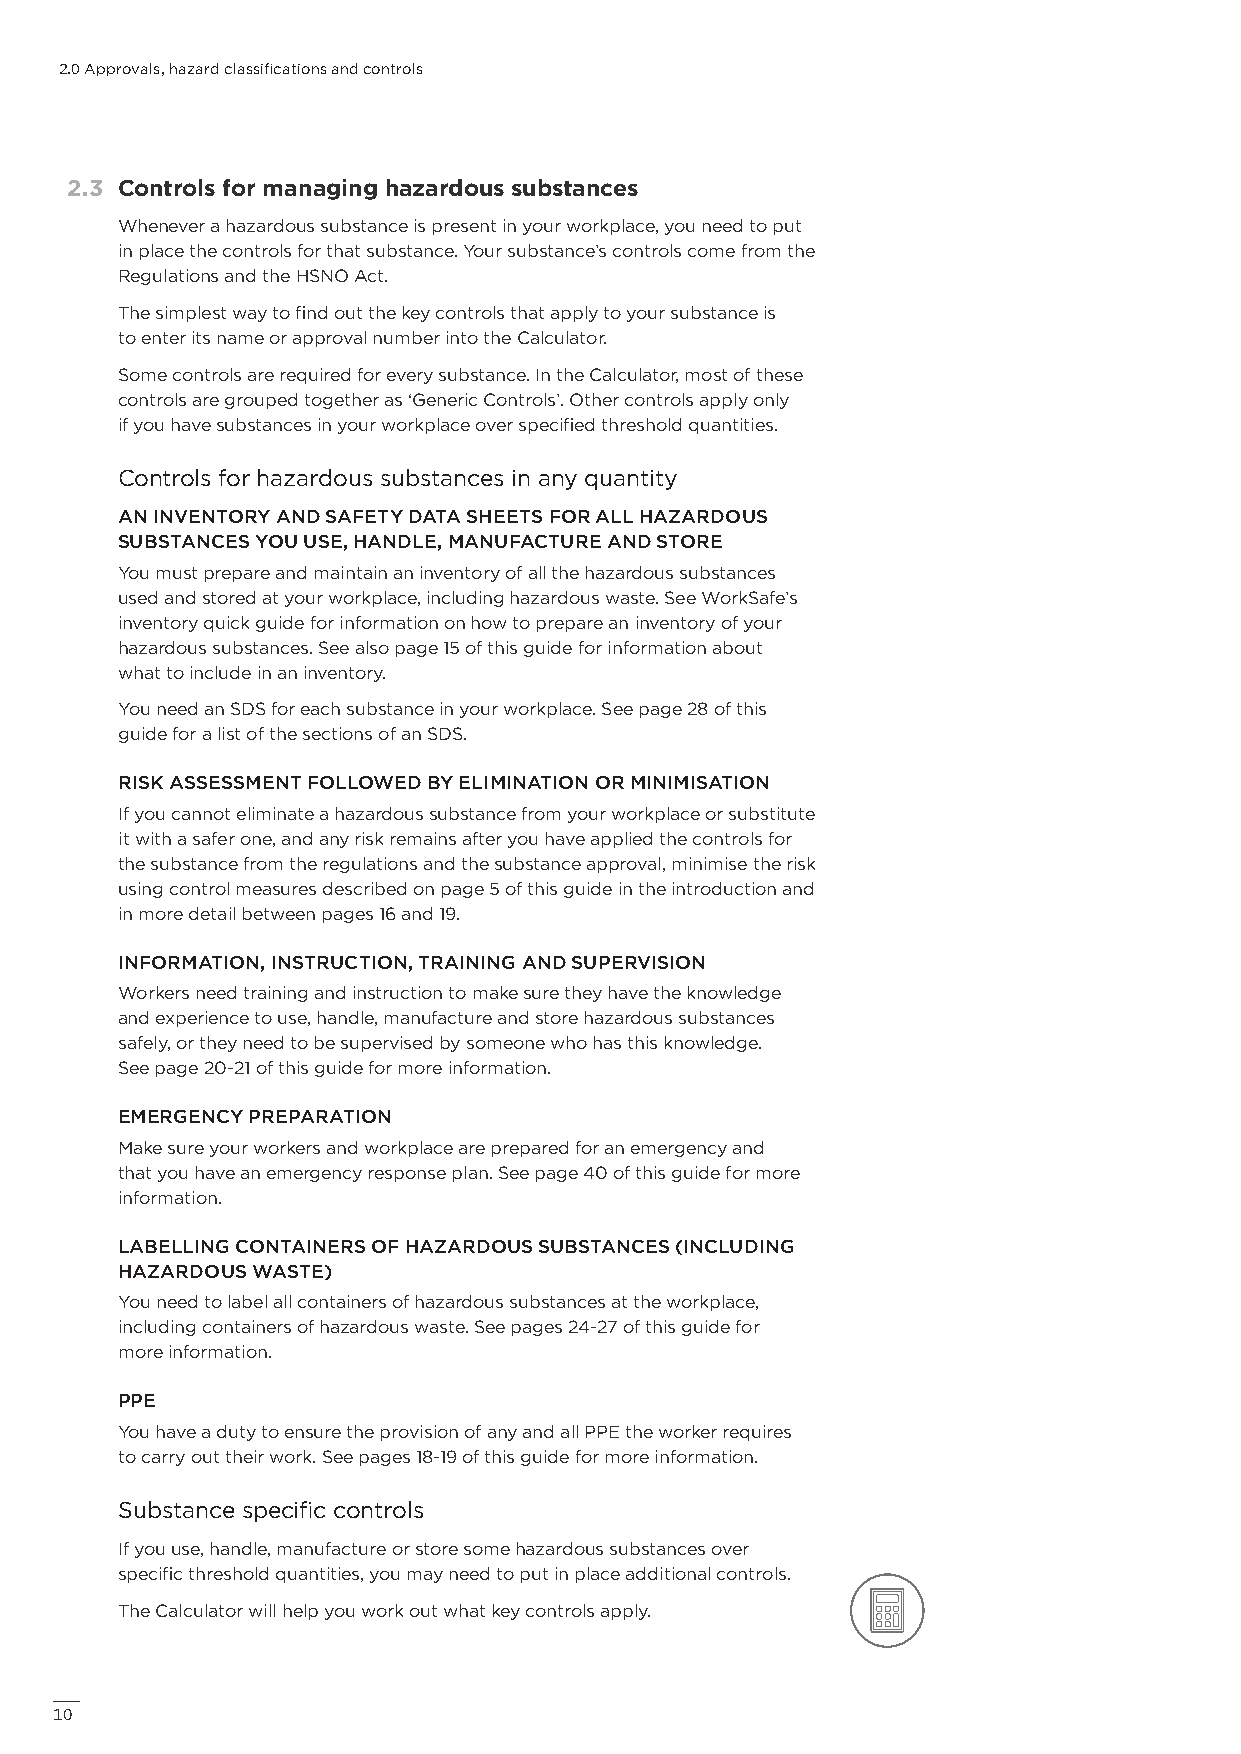
2.0 Approvals, hazard classifications and controls
 2.3 Controls for managing hazardous substances
 Whenever a hazardous substance is present in your workplace, you need to put
 in place the controls for that substance. Your substance’s controls come from the
 Regulations and the HSNO Act.
 The simplest way to find out the key controls that apply to your substance is
 to enter its name or approval number into the Calculator.
 Some controls are required for every substance. In the Calculator, most of these
 controls are grouped together as ‘Generic Controls’. Other controls apply only
 if you have substances in your workplace over specified threshold quantities.
 Controls for hazardous substances in any quantity
 AN INVENTORY AND SAFETY DATA SHEETS FOR ALL HAZARDOUS
 SUBSTANCES YOU USE, HANDLE, MANUFACTURE AND STORE
 You must prepare and maintain an inventory of all the hazardous substances
 used and stored at your workplace, including hazardous waste. See WorkSafe’s
 inventory quick guide for information on how to prepare an inventory of your
 hazardous substances. See also page 15 of this guide for information about
 what to include in an inventory.
 You need an SDS for each substance in your workplace. See page 28 of this
 guide for a list of the sections of an SDS.
 RISK ASSESSMENT FOLLOWED BY ELIMINATION OR MINIMISATION
 If you cannot eliminate a hazardous substance from your workplace or substitute
 it with a safer one, and any risk remains after you have applied the controls for
 the substance from the regulations and the substance approval, minimise the risk
 using control measures described on page 5 of this guide in the introduction and
 in more detail between pages 16 and 19.
 INFORMATION, INSTRUCTION, TRAINING AND SUPERVISION
 Workers need training and instruction to make sure they have the knowledge
 and experience to use, handle, manufacture and store hazardous substances
 safely, or they need to be supervised by someone who has this knowledge.
 See page 20-21 of this guide for more information.
 EMERGENCY PREPARATION
 Make sure your workers and workplace are prepared for an emergency and
 that you have an emergency response plan. See page 40 of this guide for more
 information.
 LABELLING CONTAINERS OF HAZARDOUS SUBSTANCES (INCLUDING
 HAZARDOUS WASTE)
 You need to label all containers of hazardous substances at the workplace,
 including containers of hazardous waste. See pages 24-27 of this guide for
 more information.
 PPE
 You have a duty to ensure the provision of any and all PPE the worker requires
 to carry out their work. See pages 18-19 of this guide for more information.
 Substance specific controls
 If you use, handle, manufacture or store some hazardous substances over
 specific threshold quantities, you may need to put in place additional controls.
 The Calculator will help you work out what key controls apply.
 10